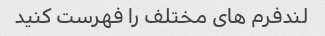
لندفرم های مختلف را فهرست کنید